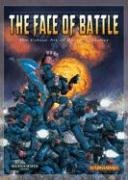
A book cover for The Face of Battle: The Colour Art of David Gallagher; David Gallagher; Science Fiction & Fantasy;